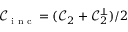
\mathcal { C } _ { \textnormal { \scriptsize i n c } } = ( \mathcal { C } _ { 2 } + \mathcal { C } _ { 2 } ^ { \perp } ) / 2